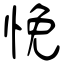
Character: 悗